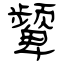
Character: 颦